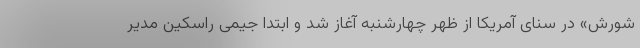
شورش» در سنای آمریکا از ظهر چهارشنبه آغاز شد و ابتدا جیمی راسکین مدیر